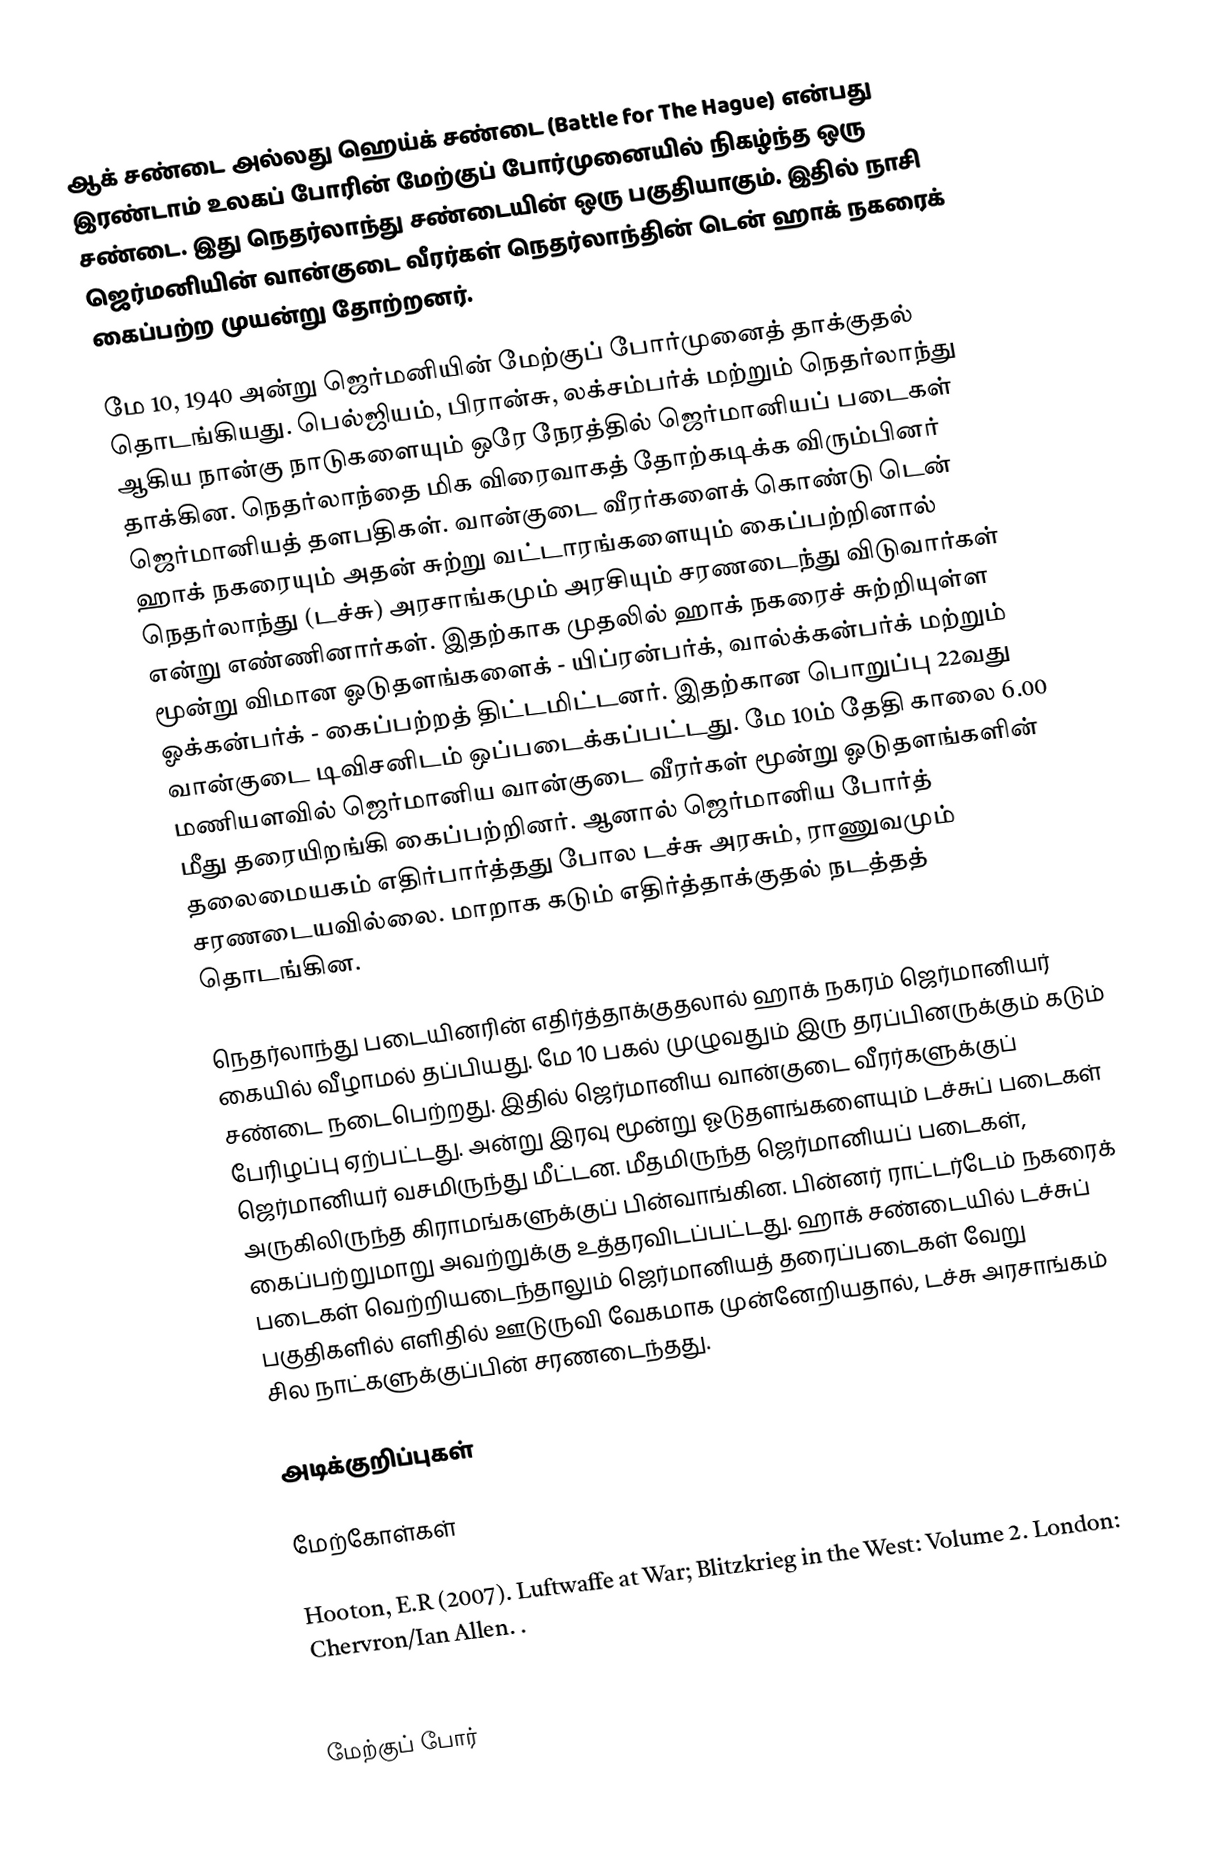
ஆக் சண்டை அல்லது ஹெய்க் சண்டை (Battle for The Hague) என்பது இரண்டாம் உலகப் போரின் மேற்குப் போர்முனையில் நிகழ்ந்த ஒரு சண்டை. இது நெதர்லாந்து சண்டையின் ஒரு பகுதியாகும். இதில் நாசி ஜெர்மனியின் வான்குடை வீரர்கள் நெதர்லாந்தின் டென் ஹாக் நகரைக் கைப்பற்ற முயன்று தோற்றனர்.

மே 10, 1940 அன்று ஜெர்மனியின் மேற்குப் போர்முனைத் தாக்குதல் தொடங்கியது. பெல்ஜியம், பிரான்சு, லக்சம்பர்க் மற்றும் நெதர்லாந்து ஆகிய நான்கு நாடுகளையும் ஒரே நேரத்தில் ஜெர்மானியப் படைகள் தாக்கின. நெதர்லாந்தை மிக விரைவாகத் தோற்கடிக்க விரும்பினர் ஜெர்மானியத் தளபதிகள். வான்குடை வீரர்களைக் கொண்டு டென் ஹாக் நகரையும் அதன் சுற்று வட்டாரங்களையும் கைப்பற்றினால் நெதர்லாந்து (டச்சு) அரசாங்கமும் அரசியும் சரணடைந்து விடுவார்கள் என்று எண்ணினார்கள். இதற்காக முதலில் ஹாக் நகரைச் சுற்றியுள்ள மூன்று விமான ஓடுதளங்களைக் - யிப்ரன்பர்க், வால்க்கன்பர்க் மற்றும் ஓக்கன்பர்க் - கைப்பற்றத் திட்டமிட்டனர். இதற்கான பொறுப்பு 22வது வான்குடை டிவிசனிடம் ஒப்படைக்கப்பட்டது. மே 10ம் தேதி காலை 6.00 மணியளவில் ஜெர்மானிய வான்குடை வீரர்கள் மூன்று ஓடுதளங்களின் மீது தரையிறங்கி கைப்பற்றினர். ஆனால் ஜெர்மானிய போர்த் தலைமையகம் எதிர்பார்த்தது போல டச்சு அரசும், ராணுவமும் சரணடையவில்லை. மாறாக கடும் எதிர்த்தாக்குதல் நடத்தத் தொடங்கின.

நெதர்லாந்து படையினரின் எதிர்த்தாக்குதலால் ஹாக் நகரம் ஜெர்மானியர் கையில் வீழாமல் தப்பியது. மே 10 பகல் முழுவதும் இரு தரப்பினருக்கும் கடும் சண்டை நடைபெற்றது. இதில் ஜெர்மானிய வான்குடை வீரர்களுக்குப் பேரிழப்பு ஏற்பட்டது. அன்று இரவு மூன்று ஓடுதளங்களையும் டச்சுப் படைகள் ஜெர்மானியர் வசமிருந்து மீட்டன. மீதமிருந்த ஜெர்மானியப் படைகள், அருகிலிருந்த கிராமங்களுக்குப் பின்வாங்கின. பின்னர் ராட்டர்டேம் நகரைக் கைப்பற்றுமாறு அவற்றுக்கு உத்தரவிடப்பட்டது. ஹாக் சண்டையில் டச்சுப் படைகள் வெற்றியடைந்தாலும் ஜெர்மானியத் தரைப்படைகள் வேறு பகுதிகளில் எளிதில் ஊடுருவி வேகமாக முன்னேறியதால், டச்சு அரசாங்கம் சில நாட்களுக்குப்பின் சரணடைந்தது.

அடிக்குறிப்புகள்

மேற்கோள்கள்

 Hooton, E.R (2007). Luftwaffe at War; Blitzkrieg in the West: Volume 2. London: Chervron/Ian Allen. .
 Brongers, E.H. (2004). The Battle for the Hague 1940. Uitgeverij Aspekt BV. .

மேற்குப் போர்